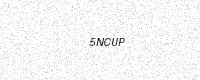
Text: 5NCUP